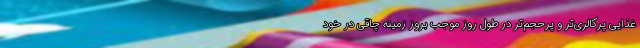
غذایی پرکالری‌تر و پرحجم‌تر در طول روز موجب بروز زمینه چاقی در خود